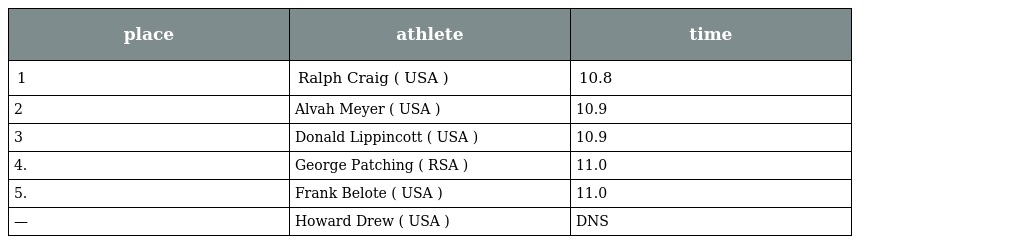
| place | athlete | time |
 | --- | --- | --- |
 | 1 | Ralph Craig ( USA ) | 10.8 |
 | 2 | Alvah Meyer ( USA ) | 10.9 |
 | 3 | Donald Lippincott ( USA ) | 10.9 |
 | 4. | George Patching ( RSA ) | 11.0 |
 | 5. | Frank Belote ( USA ) | 11.0 |
 | — | Howard Drew ( USA ) | DNS |